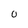
Character: 0